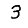
Digit: 3